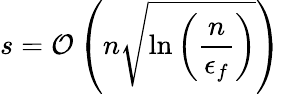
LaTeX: s=\mathcal{O}\left(n\sqrt{\ln\left(\frac{n}{\epsilon_{f}}\right)}\right)